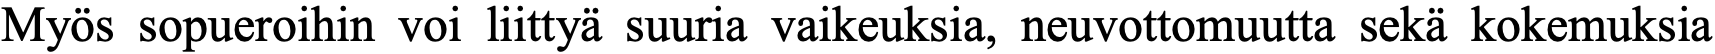
Myös sopueroihin voi liittyä suuria vaikeuksia, neuvottomuutta sekä kokemuksia